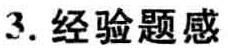
3. 经验题感